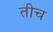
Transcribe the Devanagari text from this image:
तीच